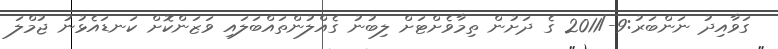
ގަވާއިދު ނަންބަރު:9-/2011 ގެ ދަށުން ތިމާވެށްޓަށް ލިބުނު ގެއްލުންތައްބަލައި ވަޒަންކޮށް ކަނޑައެޅުނު ޖުމްލަ